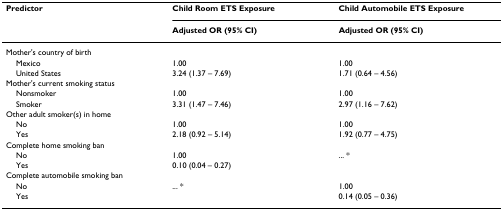
<table><thead><tr><td><b>Predictor</b></td><td><b>Child Room ETS Exposure</b></td><td><b>Child Automobile ETS Exposure</b></td></tr><tr><td></td><td><b>Adjusted OR (95% CI)</b></td><td><b>Adjusted OR (95% CI)</b></td></tr></thead><tbody><tr><td>Mother&#x27;s country of birth</td><td></td><td></td></tr><tr><td> Mexico</td><td>1.00</td><td>1.00</td></tr><tr><td> United States</td><td>3.24 (1.37 – 7.69)</td><td>1.71 (0.64 – 4.56)</td></tr><tr><td>Mother&#x27;s current smoking status</td><td></td><td></td></tr><tr><td> Nonsmoker</td><td>1.00</td><td>1.00</td></tr><tr><td> Smoker</td><td>3.31 (1.47 – 7.46)</td><td>2.97 (1.16 – 7.62)</td></tr><tr><td>Other adult smoker(s) in home</td><td></td><td></td></tr><tr><td> No</td><td>1.00</td><td>1.00</td></tr><tr><td> Yes</td><td>2.18 (0.92 – 5.14)</td><td>1.92 (0.77 – 4.75)</td></tr><tr><td>Complete home smoking ban</td><td></td><td></td></tr><tr><td> No</td><td>1.00</td><td>... *</td></tr><tr><td> Yes</td><td>0.10 (0.04 – 0.27)</td><td></td></tr><tr><td>Complete automobile smoking ban</td><td></td><td></td></tr><tr><td> No</td><td>... *</td><td>1.00</td></tr><tr><td> Yes</td><td></td><td>0.14 (0.05 – 0.36)</td></tr></tbody></table>